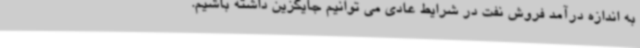
به اندازه درآمد فروش نفت در شرایط عادی می توانیم جایگزین داشته باشیم.